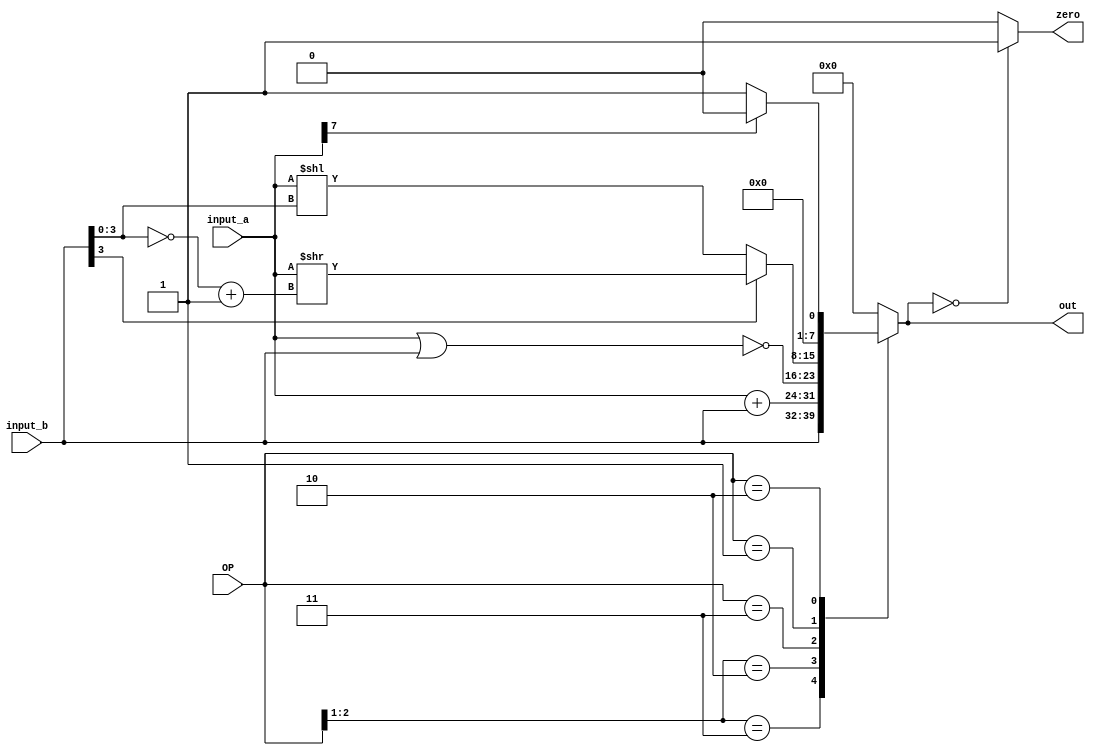
// Module Name:    ALU 
// Project Name:   CSE141L 
//
// Revision Fall 2020
// Student: Cole W. Tynan-Wood
// Based on SystemVerilog source code provided by John Eldon
// Comment:
// 


	 
module ALU(input_a,input_b,OP,out,zero);

	input [7:0] input_a;
	input [7:0] input_b;
	input [2:0] OP;
	output reg [7:0] out; // logic in SystemVerilog
	output reg zero;
	/* Opcodes
	000: stp (halt)
	001: shf
	011: nor
	010: bneg
	110: st
	100: add
	101: addi
	111: ld
	*/
	always@* // always_comb in systemverilog
	begin 
		out = 0;
		casex (OP)
		3'b11x: out = input_b;			 //ld/st
		3'b10x: begin
			out = input_a + input_b; // add operations
		end
		3'b011: out = ~(input_a | input_b); // Nor
		3'b001: out = (input_b[3] == 1'b0) ? input_a << input_b[3:0] : input_a >> (~input_b[3:0] + 1'b1) ;				// Shift (default right)
		3'b010: out = (input_a[7] == 1) ? 8'b0 : 8'b1; //bneg
		default: out = 0;
	  endcase
	
	end 

	always@*							  // assign zero = !out;
	begin
		case(out)
			'b0     : zero = 1'b1;
			default : zero = 1'b0;
      endcase		
	end


endmodule